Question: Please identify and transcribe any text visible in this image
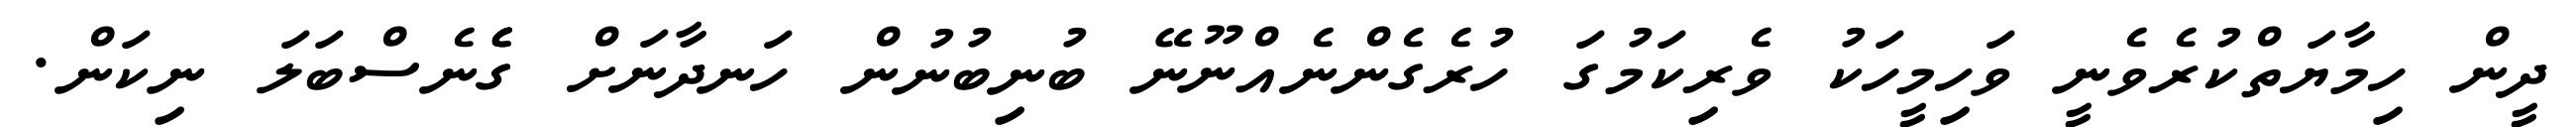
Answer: ދީން ހިމާޔަތްކުރެވެނީ ވަހިމީހަކު ވެރިކަމުގަ ހުރެގެންނެއްނޫނޭ ބުނިބުނުން ހަނދާނަށް ގެެެނެސްބަލަ ނިކަން.